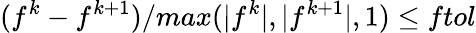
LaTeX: (f^{k}-f^{k+1})/max(|f^{k}|,|f^{k+1}|,1)\leq ftol